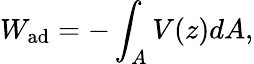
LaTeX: W_{\mathrm{ad}}=-\int_{A}V(z)dA,